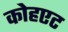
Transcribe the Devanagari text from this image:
कोहएट